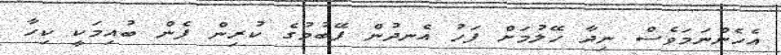
އެހެންނަމަވެސް ނިދާ ހޭލުމަށް ފަހު އެނދުން ފޭބުމުގެ ކުރިން ފެން ބުއިމަކީ ކިހާ